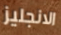
الانجليز